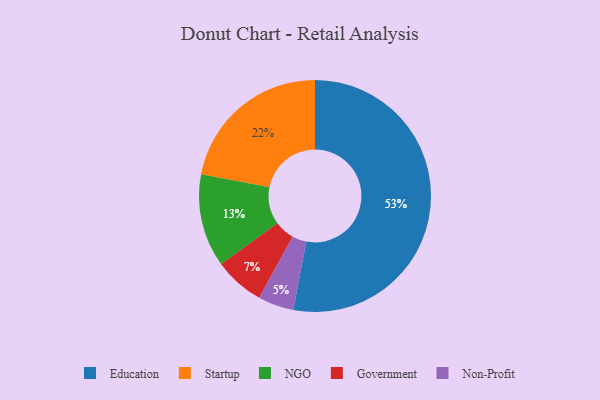
{"axis": {"x": "Category", "y": "Percentage"}, "legend": ["Education", "Government", "NGO", "Non-Profit", "Startup"], "data": [{"x": "Non-Profit", "y": 5, "type": "Non-Profit"}, {"x": "Startup", "y": 22, "type": "Startup"}, {"x": "Government", "y": 7, "type": "Government"}, {"x": "NGO", "y": 13, "type": "NGO"}, {"x": "Education", "y": 53, "type": "Education"}]}